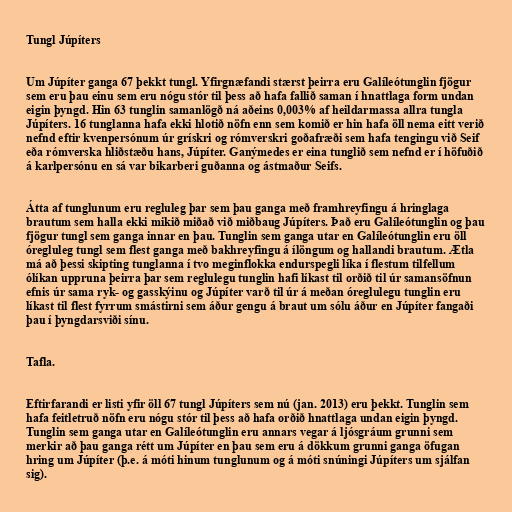
Tungl Júpíters

Um Júpíter ganga 67 þekkt tungl. Yfirgnæfandi stærst þeirra eru Galíleótunglin fjögur
sem eru þau einu sem eru nógu stór til þess að hafa fallið saman í hnattlaga form undan
eigin þyngd. Hin 63 tunglin samanlögð ná aðeins 0,003% af heildarmassa allra tungla
Júpíters. 16 tunglanna hafa ekki hlotið nöfn enn sem komið er hin hafa öll nema eitt verið
nefnd eftir kvenpersónum úr grískri og rómverskri goðafræði sem hafa tengingu við Seif
eða rómverska hliðstæðu hans, Júpíter. Ganýmedes er eina tunglið sem nefnd er í höfuðið
á karlpersónu en sá var bikarberi guðanna og ástmaður Seifs.

Átta af tunglunum eru regluleg þar sem þau ganga með framhreyfingu á hringlaga
brautum sem halla ekki mikið miðað við miðbaug Júpíters. Það eru Galíleótunglin og þau
fjögur tungl sem ganga innar en þau. Tunglin sem ganga utar en Galíleótunglin eru öll
óregluleg tungl sem flest ganga með bakhreyfingu á ílöngum og hallandi brautum. Ætla
má að þessi skipting tunglanna í tvo meginflokka endurspegli líka í flestum tilfellum
ólíkan uppruna þeirra þar sem reglulegu tunglin hafi líkast til orðið til úr samansöfnun
efnis úr sama ryk- og gasskýinu og Júpíter varð til úr á meðan óreglulegu tunglin eru
líkast til flest fyrrum smástirni sem áður gengu á braut um sólu áður en Júpíter fangaði
þau í þyngdarsviði sínu.

Tafla.

Eftirfarandi er listi yfir öll 67 tungl Júpíters sem nú (jan. 2013) eru þekkt. Tunglin sem
hafa feitletruð nöfn eru nógu stór til þess að hafa orðið hnattlaga undan eigin þyngd.
Tunglin sem ganga utar en Galíleótunglin eru annars vegar á ljósgráum grunni sem
merkir að þau ganga rétt um Júpíter en þau sem eru á dökkum grunni ganga öfugan
hring um Júpíter (þ.e. á móti hinum tunglunum og á móti snúningi Júpíters um sjálfan
sig).